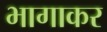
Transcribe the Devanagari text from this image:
भागाकर